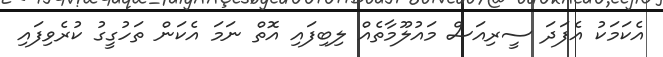
އެކަމަކު އެފަދަ ސީރިއަސް މައުލޫމާތެއް ލިބިފައި އޮތް ނަމަ އެކަން ތަހުގީގު ކުރެވިފައި